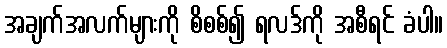
အချက်အလက်များကို စိစစ်၍ ရလဒ်ကို အစီရင် ခံပါ။